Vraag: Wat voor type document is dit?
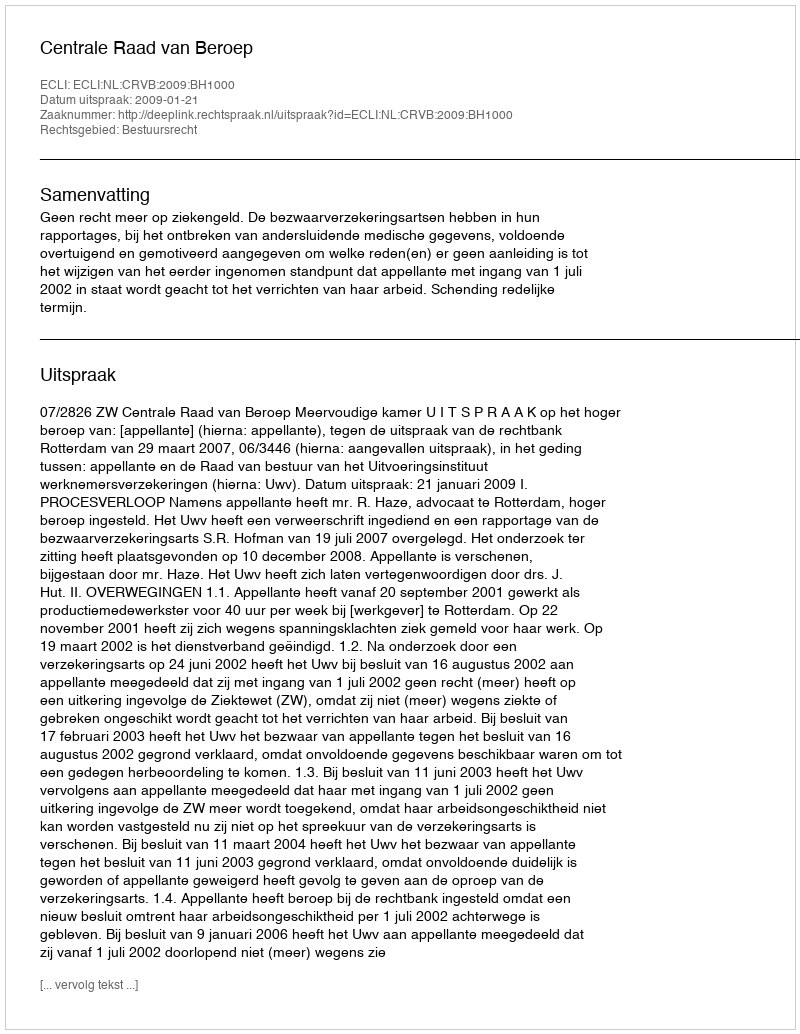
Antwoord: Uitspraak